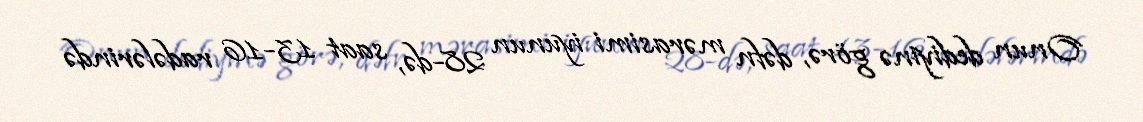
Onun dediyinə görə, dəfn mərasimi iyunun 28-də, saat 13-16 radələrində